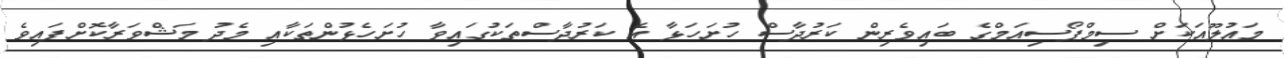
މައުލޫއަކަށް ސިމްޕޯސިއަމްގެ ބައިވެރިން ކަރުދާސް ހުށަހަޅާ އެ ކަރުދާސްތަކުގައިވާ ހުށަހެޅުންތަކާއި މެދު މަޝްވަރާކޮށްފައިވެ